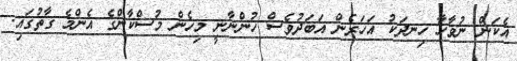
އެކަން ނުވާހާ ހިނދަކު އަހަރެން އަބަދުވެސް ހުންނާނީ މިހެން މުސްކާންގެ އެންމެ ގާތުގައި.